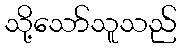
သို့သော်သူသည်